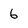
Character: 6